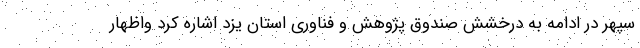
سپهر در ادامه به درخشش صندوق پژوهش و فناوری استان یزد اشاره کرد واظهار